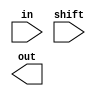
module barrel_shifter_gate(in, shift, out);
input  [7:0] in;
input  [2:0] shift;
output [7:0] out;

/*Write your code here*/


/*End of code*/
endmodule

module mux (x,a,b,sel);
input 	a,b,sel;
output 	x;
wire sel_i,w1,w2;

not n0(sel_i,sel);
and a1(w1,a,sel_i);
and a2(w2,b,sel);
or  o1(x,w1,w2);

	
endmodule